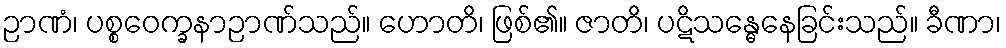
ဉာဏံ၊ ပစ္စဝေက္ခနာဉာဏ်သည်။ ဟောတိ၊ ဖြစ်၏။ ဇာတိ၊ ပဋိသန္ဓေနေခြင်းသည်။ ခီဏာ၊